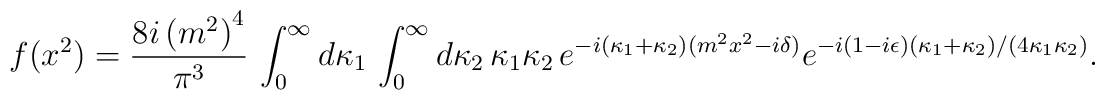
f(x^2) ={8i\left (m^2\right )^4\over \pi^3}\,\int_0^{\infty}d\kappa_1\,\int_0^{\infty}d\kappa_2\,\kappa_1\kappa_2\,e^{-i(\kappa_1 + \kappa_2)(m^2x^2 - i\delta )}\>e^{-i(1-i\epsilon )(\kappa_1 + \kappa_2)/(4\kappa_1\kappa_2)}.